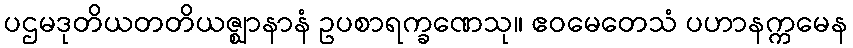
ပဌမဒုတိယတတိယဇ္ဈာနာနံ ဥပစာရက္ခဏေသု။ ဧဝမေတေသံ ပဟာနက္ကမေန